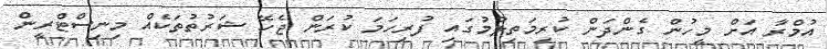
އުމްރާ އަށް މީހުން ގެންދަން ކުރިމަތިލުމުގައި ފުރިހަމަ ކުރަން ޖެހޭ ޝަރުތުތަކެއް މިނިސްޓްރީން